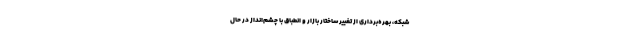
شبکه، بهره‌برداری از تغییر ساختار بازار و انطباق با چشم‌انداز در حال